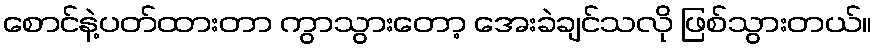
စောင်နဲ့ပတ်ထားတာ ကွာသွားတော့ အေးခဲချင်သလို ဖြစ်သွားတယ်။